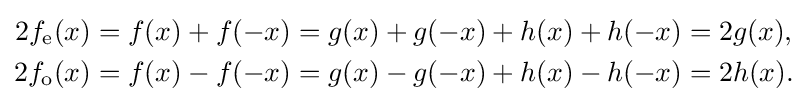
{\begin{aligned}2f_{\text{e}}(x)&=f(x)+f(-x)=g(x)+g(-x)+h(x)+h(-x)=2g(x),\\2f_{\text{o}}(x)&=f(x)-f(-x)=g(x)-g(-x)+h(x)-h(-x)=2h(x).\end{aligned}}